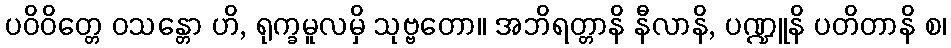
ပဝိဝိတ္တေ ဝသန္တော ဟိ, ရုက္ခမူလမှိ သုဗ္ဗတော။ အဘိရတ္တာနိ နီလာနိ, ပဏ္ဍူနိ ပတိတာနိ စ၊